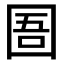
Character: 圄